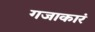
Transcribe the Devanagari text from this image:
गजाकारं